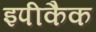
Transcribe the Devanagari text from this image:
इपीकैक